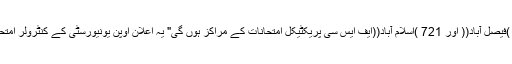
سینٹر نمبر 145 )لاہور((،ْ 199 )فیصل آباد(( اور 721 )اسلام آباد((ایف ایس سی پریکٹیکل امتحانات کے مراکز ہوں گی" یہ اعلان اوپن یونیورسٹی کے کنٹرولر امتحانات ،ْ سہیل نذیر رانا نے کیا ہے۔